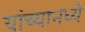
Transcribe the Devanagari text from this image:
यांच्यानध्ये